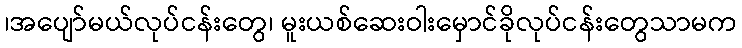
၊အပျော်မယ်လုပ်ငန်းတွေ၊ မူးယစ်ဆေးဝါးမှောင်ခိုလုပ်ငန်းတွေသာမက